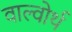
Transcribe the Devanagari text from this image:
वाल्वोर्थ